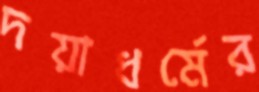
দয়াধর্মের